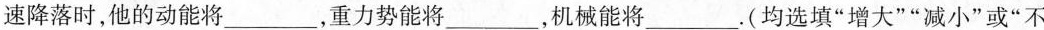
速降落时，他的动能将___，重力势能将___，机械能将___。(均选填”增大””减小”或”不